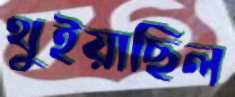
থুইয়াছিল